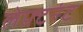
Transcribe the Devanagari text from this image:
लेफ़्टनंट